Studies on the mouth parts a Comparative anatomy of the proboscis in the blood-sucking muscidae - Number 60
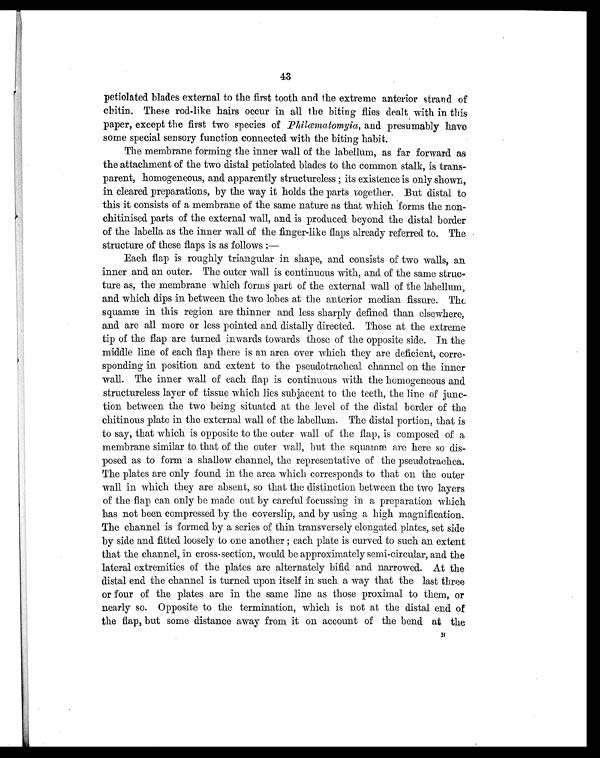
43
petiolated blades external to the first tooth and the extreme anterior strand of
chitin. These rod-like hairs occur in all the biting flies dealt with in this
paper, except the first two species of Philæmatomyia , and presumably have
some special sensory function connected with the biting habit.
The membrane forming the inner wall of the labellum, as far forward as
the attachment of the two distal petiolated blades to the common stalk, is trans-
parent, homogeneous, and apparently structureless; its existence is only shown,
in cleared preparations, by the way it holds the parts together. But distal to
this it consists of a membrane of the same nature as that which forms the non-
chitinised parts of the external wall, and is produced beyond the distal border
of the labella as the inner wall of the finger-like flaps already referred to. The
structure of these flaps is as follows:
—
Each flap is roughly triangular in shape, and consists of two walls, an
inner and an outer. The outer wall is continuous with, and of the same struc-
ture as, the membrane which forms part of the external wall of the labellum,
and which dips in between the two lobes at the anterior median fissure. The
squamæ in this region are thinner and less sharply defined than elsewhere,
and are all more or less pointed and distally directed. Those at the extreme
tip of the flap are turned inwards towards those of the opposite side. In the
middle line of each flap there is an area over which they are deficient, corre-
sponding in position and extent to the pseudotracheal channel on the inner
wall. The inner wall of each flap is continuous with the homogeneous and
structureless layer of tissue which lies subjacent to the teeth, the line of junc-
tion between the two being situated at the level of the distal border of the
chitinous plate in the external wall of the labellum. The distal portion, that is
to say, that which is opposite to the outer wall of the flap, is composed of a
membrane similar to that of the outer wall, but the squamæ are here so dis-
posed as to form a shallow channel, the representative of the pseudotrachea.
The plates are only found in the area which corresponds to that on the outer
wall in which they are absent, so that the distinction between the two layers
of the flap can only be made out by careful focussing in a preparation which
has not been compressed by the coverslip, and by using a high magnification.
The channel is formed by a series of thin transversely elongated plates, set side
by side and fitted loosely to one another; each plate is curved to such an extent
that the channel, in cross-section, would be approximately semi-circular, and the
lateral extremities of the plates are alternately bifid and narrowed. At the
distal end the channel is turned upon itself in such a way that the last three
or four of the plates are in the same line as those proximal to them, or
nearly so. Opposite to the termination, which is not at the distal end of
the flap, but some distance away from it on account of the bend at the